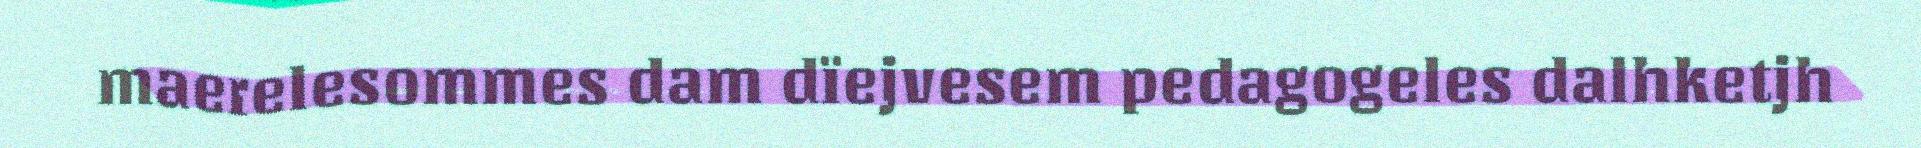
maerelesommes dam dïejvesem pedagogeles dalhketjh